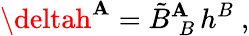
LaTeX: \deltah^{\mathbf{A}}=\tilde{{B}}_{\; B}^{\mathbf{A}}\, h^{B}\ ,